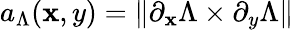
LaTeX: a_{\Lambda}(\mathbf{x},y)=\| \partial_{\mathbf{x}}\Lambda\times\partial_{y}\Lambda\|